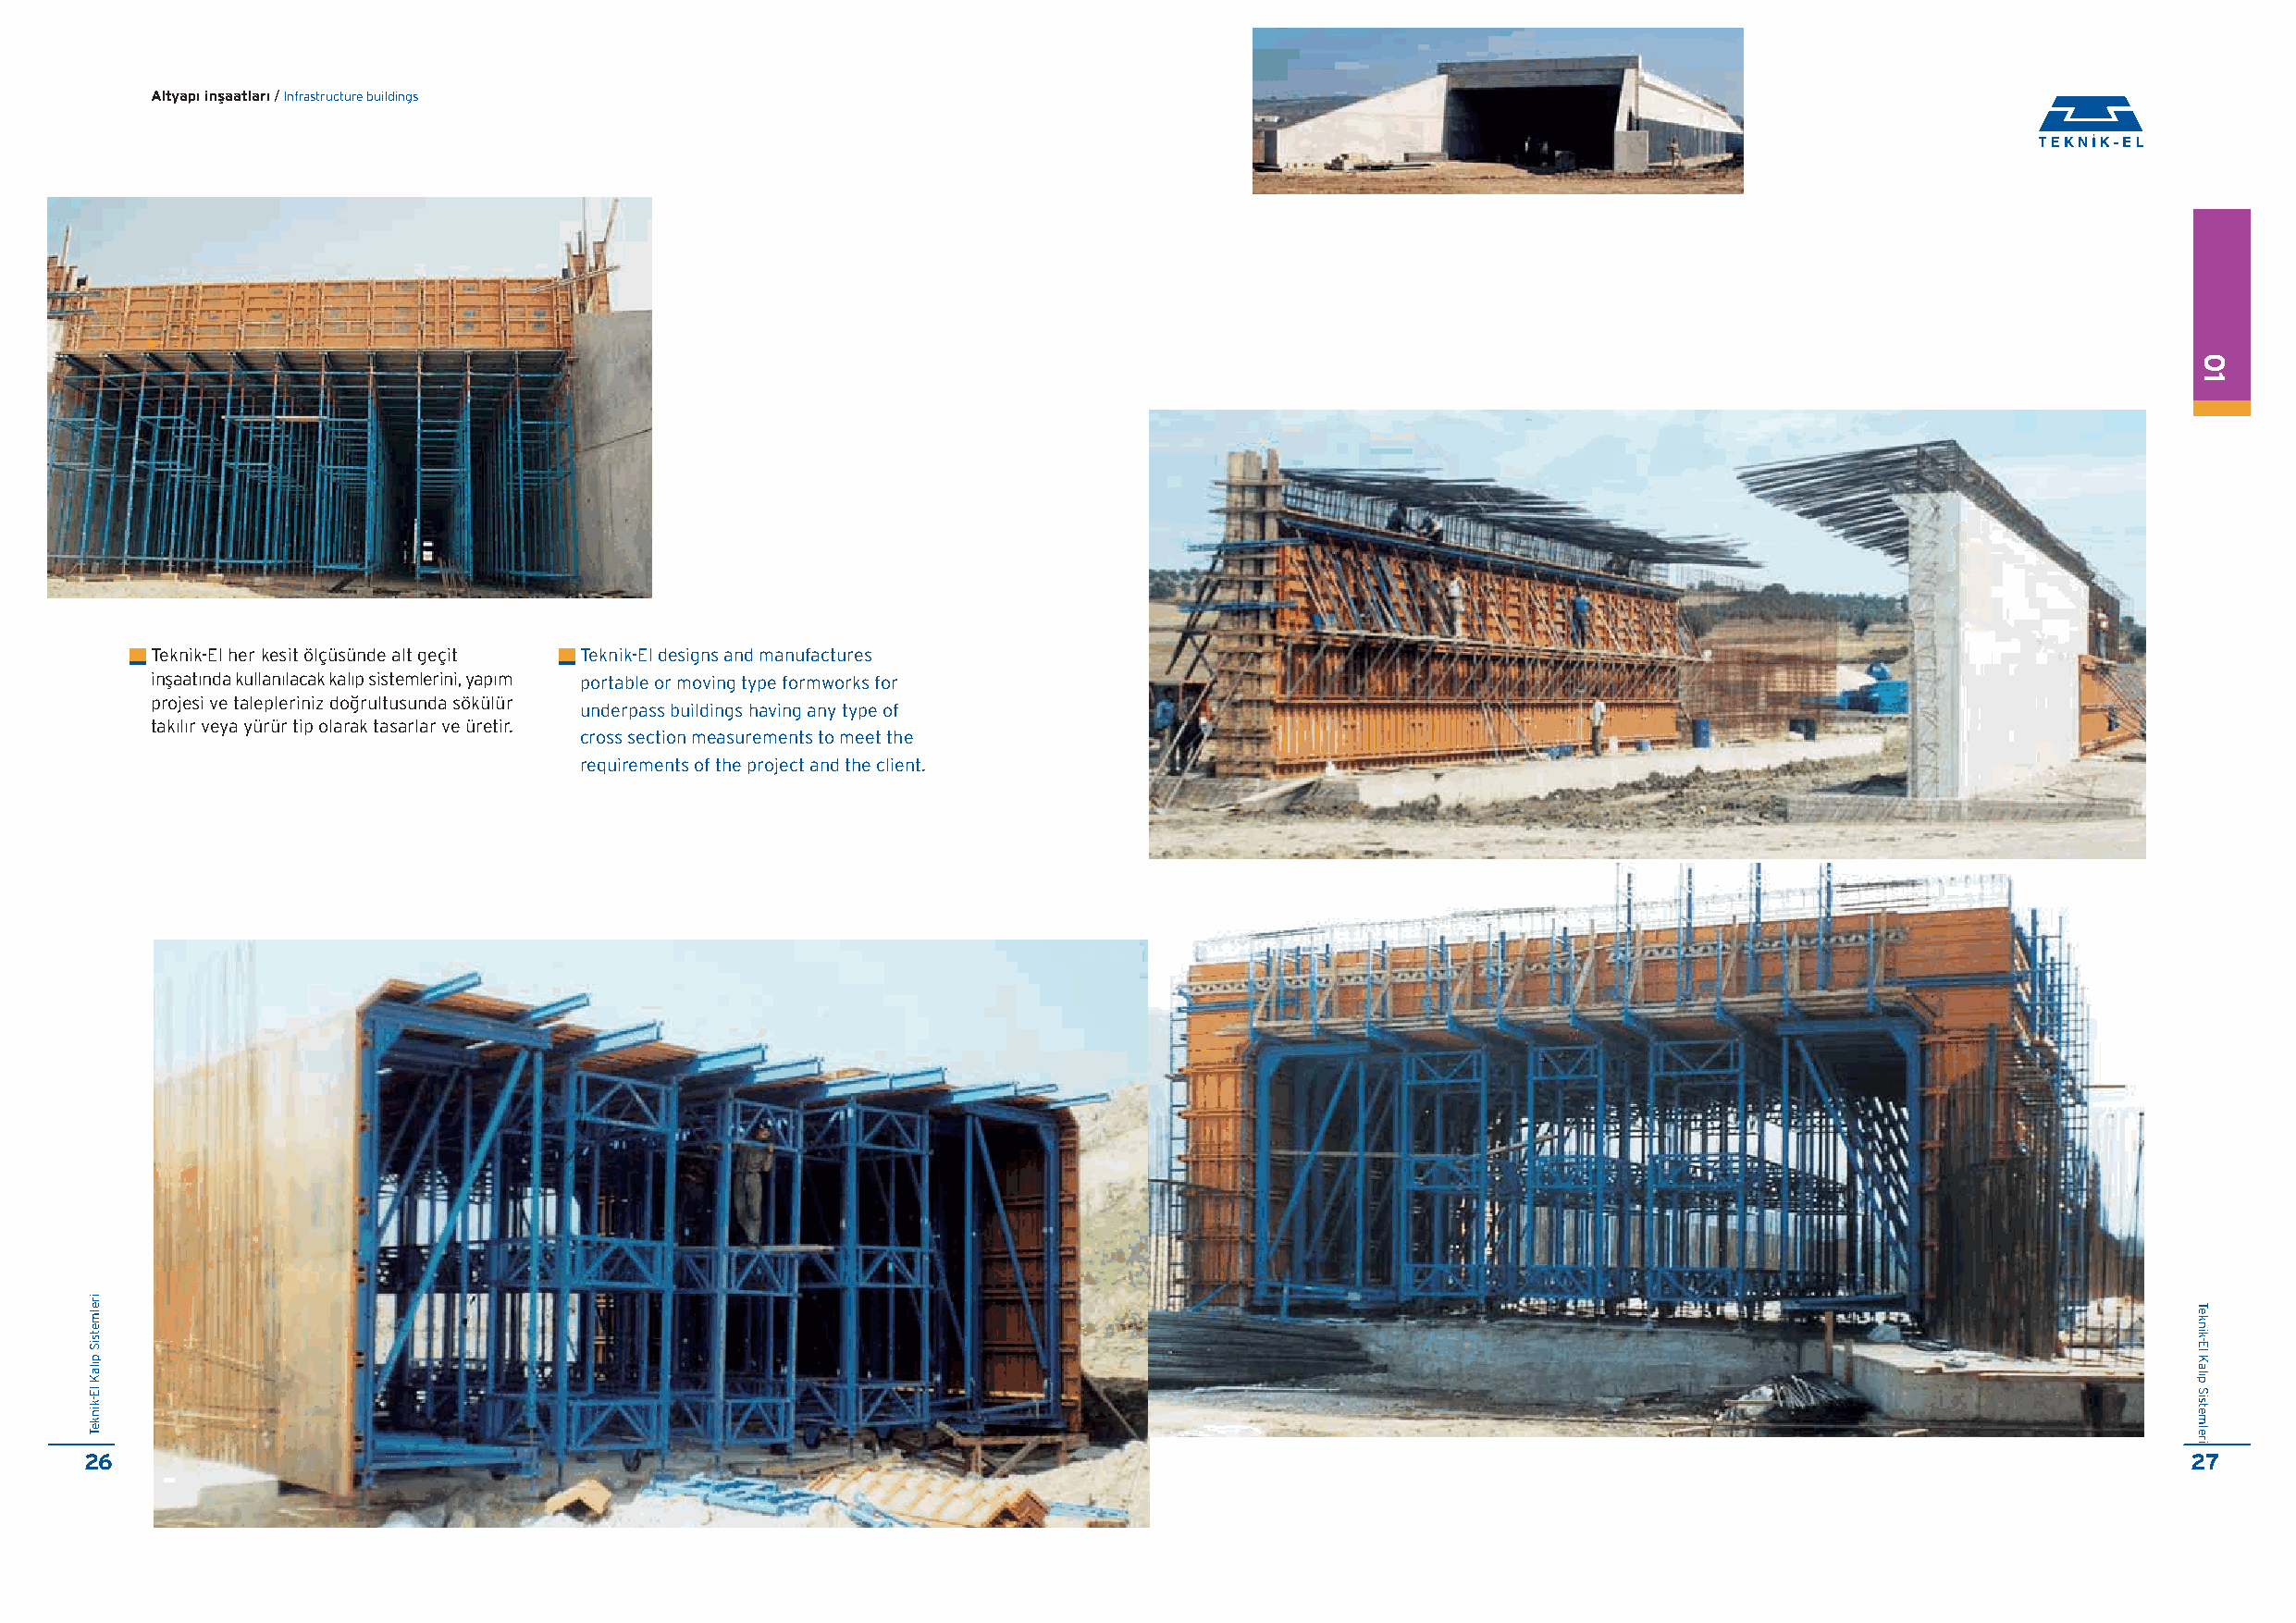
Altyap› inflaatlar› / Infrastructure buildings
 Teknik-El her kesit ölçüsünde alt geçit Teknik-El designs and manufactures
 inflaatında kullanılacak kalıp sistemlerini, yapım portable or moving type formworks for
 projesi ve talepleriniz do¤rultusunda sökülür
 underpass buildings having any type of
 takılır veya yürür tip olarak tasarlar ve üretir.
 cross section measurements to meet the
 requirements of the project and the client.
 26                                                                                                                                                     27
 irelmetsiS
 p›laK
 lE-kinkeT
 01
 Teknik-El
 Kal›p
 Sistemleri